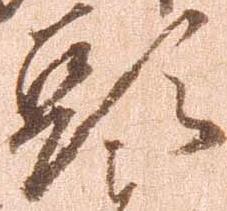
頭